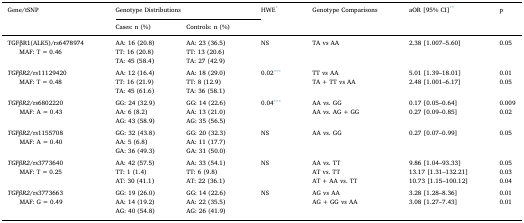
<table><thead><tr><td rowspan="2"><b>Gene/tSNP</b></td><td colspan="2"><b>Genotype Distributions</b></td><td rowspan="2"><b>HWE*</b></td><td rowspan="2"><b>Genotype Comparisons</b></td><td rowspan="2"><b>aOR [95% CI]**</b></td><td rowspan="2"><b>p</b></td></tr><tr><td><b>Cases: n (%)</b></td><td><b>Controls: n (%)</b></td></tr></thead><tbody><tr><td rowspan="3">TGFβR1(ALK5)/rs6478974MAF: T = 0.46</td><td>AA: 16 (20.8)</td><td>AA: 23 (36.5)</td><td rowspan="3">NS</td><td rowspan="3">TA vs AA</td><td rowspan="3">2.38 [1.007–5.60]</td><td rowspan="3">0.05</td></tr><tr><td>TT: 16 (20.8)</td><td>TT: 13 (20.6)</td></tr><tr><td>TA: 45 (58.4)</td><td>TA: 27 (42.9)</td></tr><tr><td colspan="7">  </td></tr><tr><td rowspan="3"><i>TGFβR2</i>/rs11129420MAF: T = 0.48</td><td>AA: 12 (16.4)</td><td>AA: 18 (29.0)</td><td rowspan="3">0.02***</td><td>TT vs AA</td><td>5.01 [1.39–18.01]</td><td>0.01</td></tr><tr><td>TT: 16 (21.9)</td><td>TT: 8 (12.9)</td><td>TA + TT vs AA</td><td>2.48 [1.001–6.17]</td><td>0.05</td></tr><tr><td>TA: 45 (61.6)</td><td>TA: 36 (58.1)</td><td></td><td></td><td></td></tr><tr><td colspan="7">  </td></tr><tr><td rowspan="3"><i>TGFβR2</i>/rs6802220MAF: A = 0.43</td><td>GG: 24 (32.9)</td><td>GG: 14 (22.6)</td><td rowspan="3">0.04***</td><td>AA vs. GG</td><td>0.17 [0.05–0.64]</td><td>0.009</td></tr><tr><td>AA: 6 (8.2)</td><td>AA: 13 (21.0)</td><td>AA vs. AG + GG</td><td>0.27 [0.09–0.85]</td><td>0.02</td></tr><tr><td>AG: 43 (58.9)</td><td>AG: 35 (56.5)</td><td></td><td></td><td></td></tr><tr><td colspan="7">  </td></tr><tr><td rowspan="3"><i>TGFβR2</i>/rs1155708MAF: A = 0.40</td><td>GG: 32 (43.8)</td><td>GG: 20 (32.3)</td><td rowspan="3">NS</td><td rowspan="3">AA vs. GG</td><td rowspan="3">0.27 [0.07–0.99]</td><td rowspan="3">0.05</td></tr><tr><td>AA: 5 (6.8)</td><td>AA: 11 (17.7)</td></tr><tr><td>GA: 36 (49.3)</td><td>GA: 31 (50.0)</td></tr><tr><td colspan="7">  </td></tr><tr><td rowspan="3"><i>TGFβR2</i>/rs3773640MAF: T = 0.25</td><td>AA: 42 (57.5)</td><td>AA: 33 (54.1)</td><td rowspan="3">NS</td><td>AA vs. TT</td><td>9.86 [1.04–93.33]</td><td>0.05</td></tr><tr><td>TT: 1 (1.4)</td><td>TT: 6 (9.8)</td><td>AT vs. TT</td><td>13.17 [1.31–132.21]</td><td>0.03</td></tr><tr><td>AT: 30 (41.1)</td><td>AT: 22 (36.1)</td><td>AT + AA vs. TT</td><td>10.73 [1.15–100.12]</td><td>0.04</td></tr><tr><td colspan="7">  </td></tr><tr><td rowspan="3"><i>TGFβR2</i>/rs3773663MAF: G = 0.49</td><td>GG: 19 (26.0)</td><td>GG: 14 (22.6)</td><td rowspan="3">NS</td><td>AG vs AA</td><td>3.28 [1.28–8.36]</td><td>0.01</td></tr><tr><td>AA: 14 (19.2)</td><td>AA: 22 (35.5)</td><td>AG + GG vs AA</td><td>3.08 [1.27–7.43]</td><td>0.01</td></tr><tr><td>AG: 40 (54.8)</td><td>AG: 26 (41.9)</td><td></td><td></td><td></td></tr></tbody></table>